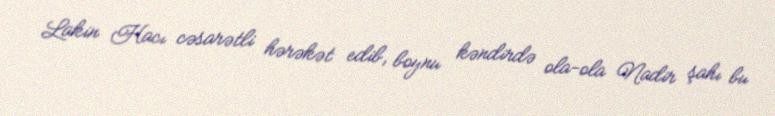
Lakin Hacı cəsarətli hərəkət edib, boynu kəndirdə ola-ola Nadir şahı bu